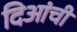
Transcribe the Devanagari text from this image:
दिआंची